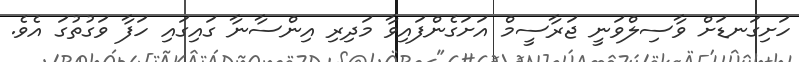
ހަށިގަނޑަށް ވާސިލްވަނީ ޖަރާސީމް އަށަގެންފައިވާ މަދިރި އިންސާނާ ގައިގައި ހަފާ ވަގުތުގަ އެވެ.